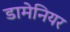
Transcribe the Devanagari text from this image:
डामेनियर